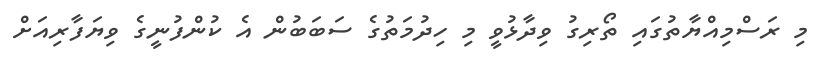
މި ރަސްމިއްޔާތުގައި ތޯރިގު ވިދާޅުވީ މި ހިދުމަތުގެ ސަބަބުން އެ ކުންފުނީގެ ވިޔަފާރިއަށް